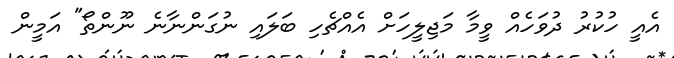
އެއީ ހުކުރު ދުވަހެއް ވީމާ މަޖިލީހަށް އެއްޗެހި ބަލައި ނުގަންނާނެ ނޫންތޯ" އަމީން